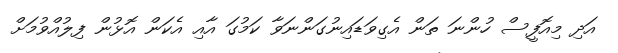
އަދި މިއޮފީސް ހުންނަ ތަން އެގިވަޑައިނުގަންނަވާ ކަމުގަ އާއި އެކަން އޮޅުން ފިލުއްވުމަށް